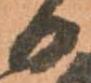
日